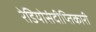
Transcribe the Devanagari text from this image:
रेडियोसंदीप्तिकारी